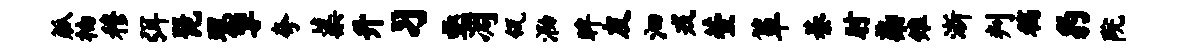
觚柚穆弭琵理掣夸蕖升习亟凋瓴泐眸友汩戎萱箪綦肘染雉浙判稿豹院